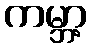
ကမ္ဘာ့